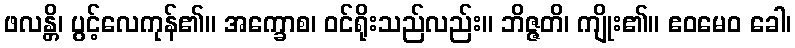
ဖလန္တိ၊ ပွင့်လေကုန်၏။ အက္ခောစ၊ ဝင်ရိုးသည်လည်း။ ဘိဇ္ဇတိ၊ ကျိုး၏။ ဧဝမေဝ ခေါ၊